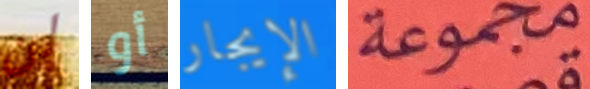
لن أو الإيجار مجموعة